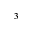
^ 3